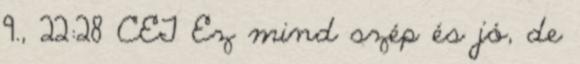
9., 22:28 CET Ez mind szép és jó, de